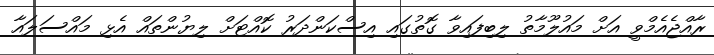
ރާއްޖެއެމްވީ އަށް މައުލޫމާތު ލިބިފައިވާ ގޮތުގައި އިސްކަންދަރު ކޮއްޓަށް ލިޔުންތައް އެޅި މައްސަލައާ